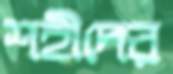
শহীদের